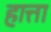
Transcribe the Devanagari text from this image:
हात्ता